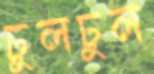
ঢুলঢুল